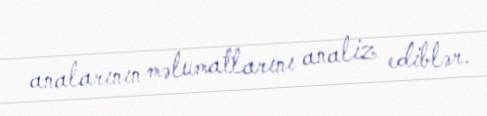
analarının məlumatlarını analiz ediblər.